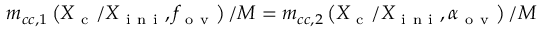
m _ { c c , 1 } \left( X _ { \mathrm { ~ c ~ } } / X _ { \mathrm { ~ i ~ n ~ i ~ } } , f _ { \mathrm { ~ o ~ v ~ } } \right) / M = m _ { c c , 2 } \left( X _ { \mathrm { ~ c ~ } } / X _ { \mathrm { ~ i ~ n ~ i ~ } } , \alpha _ { \mathrm { ~ o ~ v ~ } } \right) / M